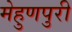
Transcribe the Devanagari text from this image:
मेहुणपुरी